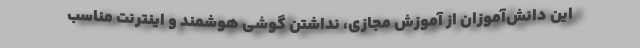
این دانش‌آموزان از آموزش مجازی، نداشتن گوشی هوشمند و اینترنت مناسب